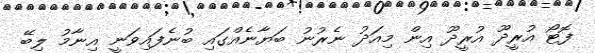
ފޮޓޯ އުރީދޫ އުރީދޫ އިން މިއަދު ނެރުނު ބަޔާނެއްގައި ބުނެފައިވަނީ އިނާމު ލިބޭ